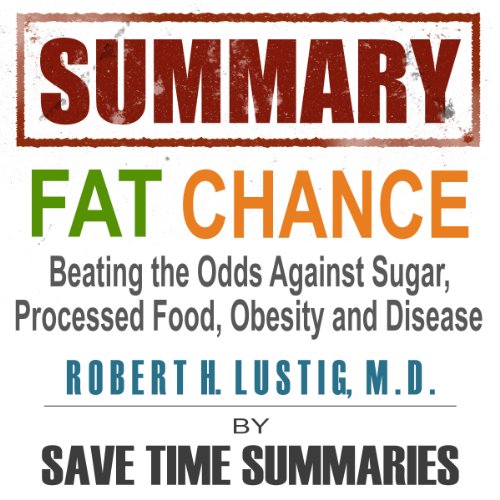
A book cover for Summary of Fat Chance: Beating the Odds Against Sugar, Processed Food, Obesity & Disease by Robert Lustig;  Save Time Summaries; Health, Fitness & Dieting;